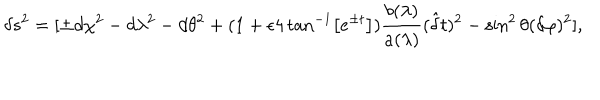
\delta s ^ { 2 } = [ \pm d \chi ^ { 2 } - d \lambda ^ { 2 } - d \theta ^ { 2 } + ( 1 + \epsilon 4 \tan ^ { - 1 } \left[ e ^ { \pm t } \right] ) \frac { b ( \lambda ) } { a ( \lambda ) } ( \hat { { \delta } } t ) ^ { 2 } - \sin ^ { 2 } \theta ( \delta \varphi ) ^ { 2 } ] ,